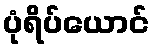
ပုံရိပ်ယောင်